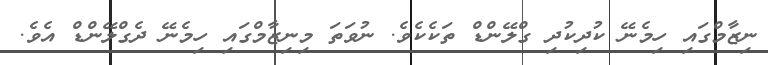
ނިޒާމްގައި ހިމެނޭ ކުދިކުދި ގްލޭންޑް ތަކެކެވެ. ނުވަތަ މިނިޒާމްގައި ހިމެނޭ ދެގްލޭންޑް އެވެ.